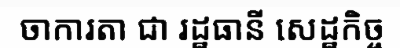
ចាការតា ជា រដ្ឋធានី សេដ្ឋកិច្ច